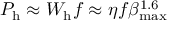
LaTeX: P _ { \mathrm { h } } \approx { W } _ { \mathrm { h } } f \approx \eta { f } \beta _ { \mathrm { m a x } } ^ { 1 . 6 }